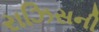
રાઝિસની